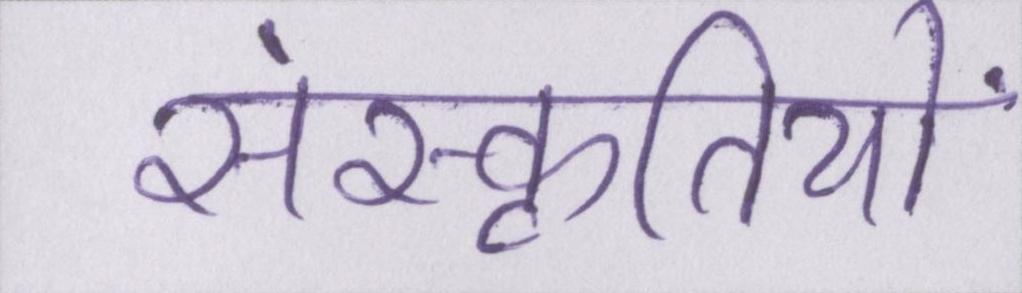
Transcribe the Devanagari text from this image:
संस्कृतियों